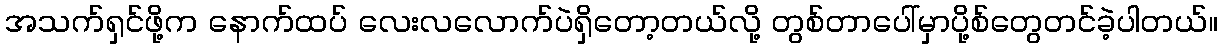
အသက်ရှင်ဖို့က နောက်ထပ် လေးလလောက်ပဲရှိတော့တယ်လို့ တွစ်တာပေါ်မှာပို့စ်တွေတင်ခဲ့ပါတယ်။